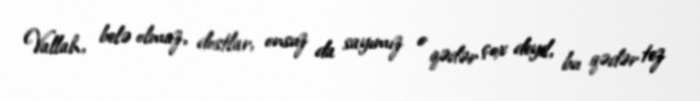
Vallah, belə olmaz, dostlar, onsuz da sayımız o qədər çox deyil, bu qədər tez